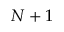
N + 1